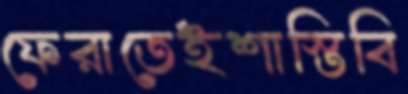
ফেরাতেইশাস্তিবি